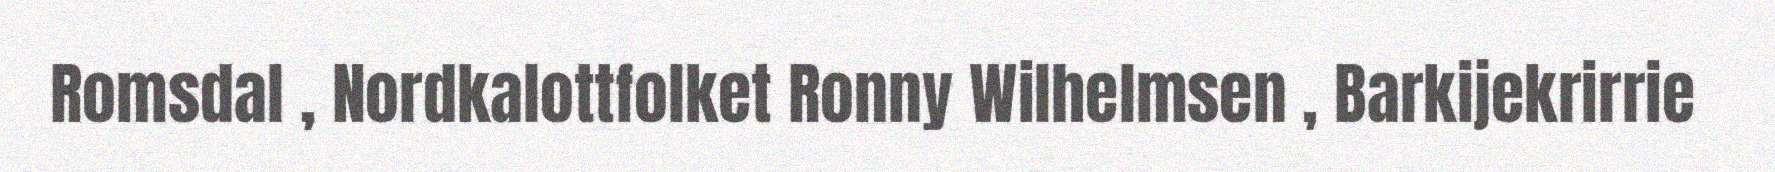
Romsdal , Nordkalottfolket Ronny Wilhelmsen , Barkijekrirrie